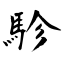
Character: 駗